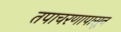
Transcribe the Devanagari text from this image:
तपाचरणापासून